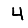
Digit: 4